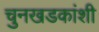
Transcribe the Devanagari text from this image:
चुनखडकांशी